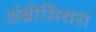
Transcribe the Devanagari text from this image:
अंब्रोसियस